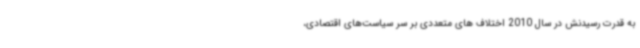
به قدرت رسیدنش در سال 2010 اختلاف های متعددی بر سر سیاست‌های اقتصادی،